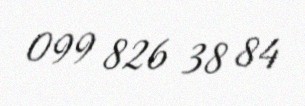
099 826 38 84